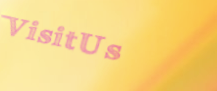
VisitUs